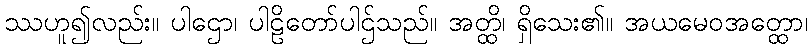
ဿဟူ၍လည်း။ ပါဌော၊ ပါဠိတော်ပါဌ်သည်။ အတ္ထိ၊ ရှိသေး၏။ အယမေဝအတ္ထော၊